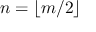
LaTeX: n = \lfloor m / 2 \rfloor